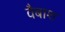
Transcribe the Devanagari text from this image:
वैबाश